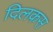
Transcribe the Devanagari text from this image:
दिलकस